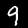
Label: 9